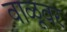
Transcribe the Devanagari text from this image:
वाळूवर